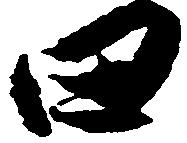
田